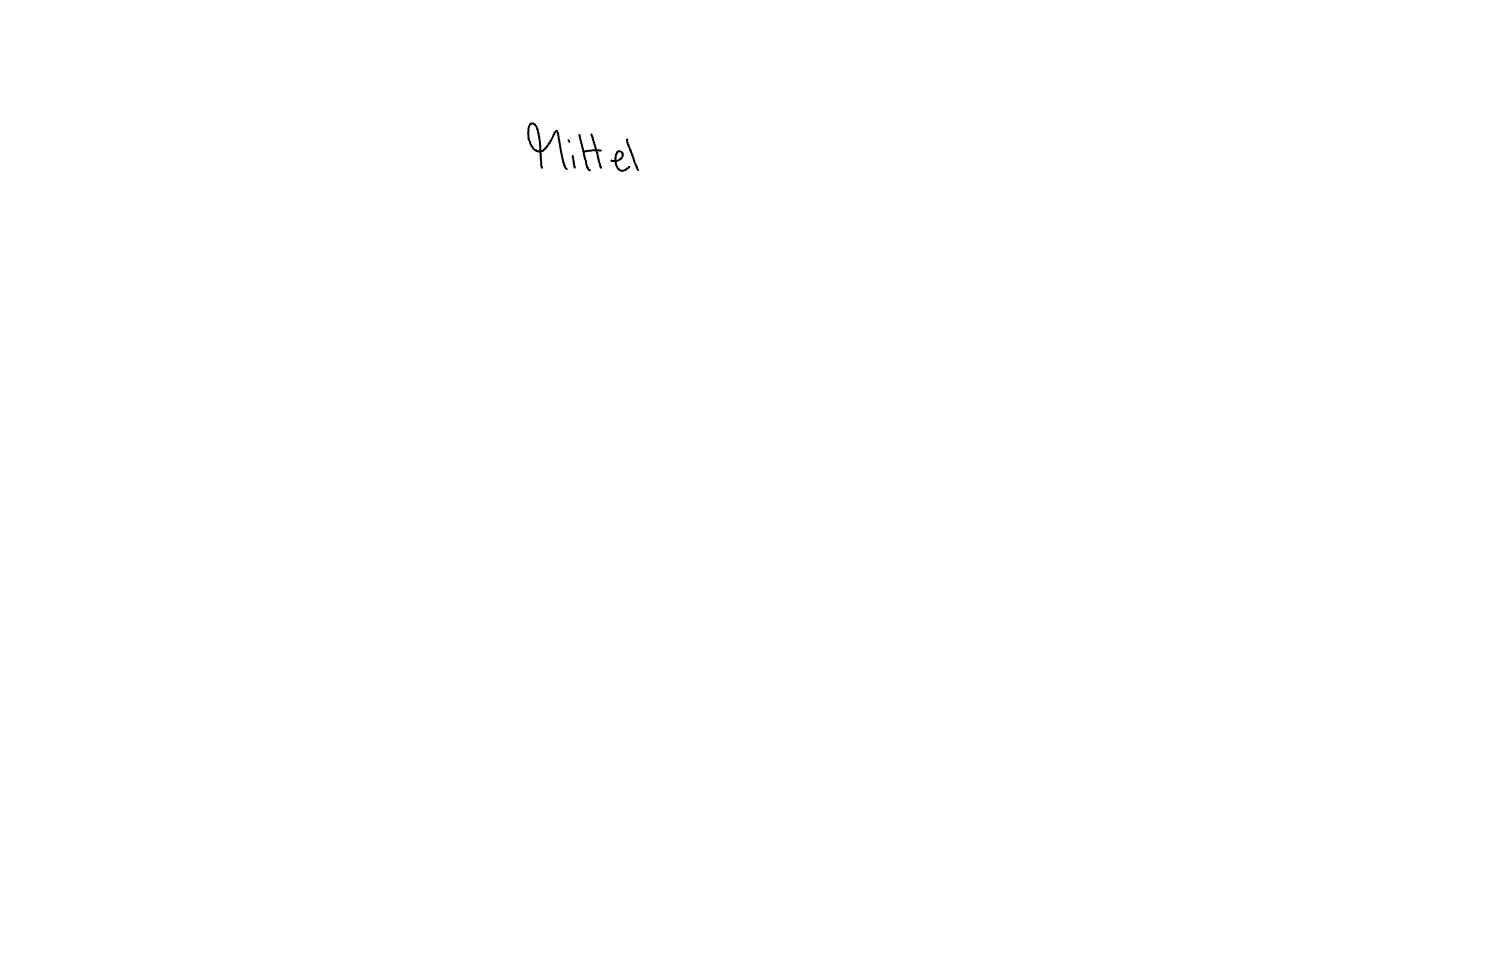
Text: Mittel